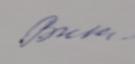
Signature authenticity: forged